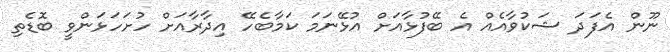
ނޫން އެފަދަ ޝަކުވާއެއް އެ ބޭފުޅާއަށް އުޅޭނަމަ ކަމާބެހޭ އިދާރާއަށް ހުށަހަޅަންވީ ބޮޑެތި